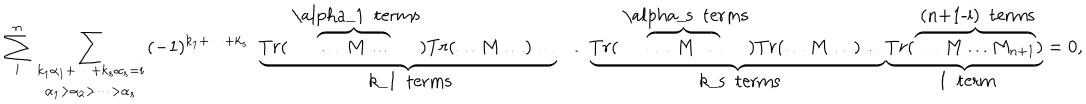
\sum _ { i } ^ { n } \sum _ { \begin{array} { c } { { k _ { 1 } \alpha _ { 1 } + \dots + k _ { s } \alpha _ { s } = i } } \\ { { \alpha _ { 1 } > \alpha _ { 2 } > \dots > \alpha _ { s } } } \\ \end{array} } ( - 1 ) ^ { { k } _ { 1 } + \dots + { k } _ { s } } \ \ \underbrace { T r ( \overbrace { \dots \ M \dots } ^ { \mathrm { ~ \ a l p h a _ { 1 } ~ t e r m s } } ) T r ( \dots M \dots ) \dots } _ { \mathrm { ~ k _ { 1 } ~ t e r m s } } \ \dots \nonumber \underbrace { T r ( \overbrace { \dots \ M \dots } ^ { \mathrm { ~ \ a l p h a _ { s } ~ t e r m s } } ) T r ( \dots M \dots ) \dots } _ { \mathrm { ~ k _ { s } ~ t e r m s } } \underbrace { T r ( \overbrace { \dots \ M \dots { M } _ { n + 1 } } ^ { \mathrm { ~ ( n + 1 - i ) ~ t e r m s } } ) } _ { \mathrm { ~ 1 ~ t e r m } } = 0 ,